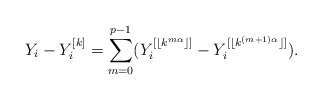
\begin{align*} Y_i-Y_{i}^{[k]}=\sum_{m=0}^{p-1}(Y_i^{[\lfloor k^{m\alpha}\rfloor ]}-Y_i^{[\lfloor k^{(m+1)\alpha}\rfloor ]}).\end{align*}